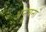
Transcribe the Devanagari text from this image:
अनुचना